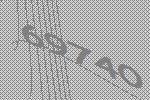
69740